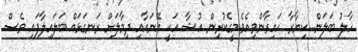
ހާލު ބަލަން...ކިޔާރާ ހައިރާންވިއެވެ.މީގެކުރިން އުޝާ އަކީ އޭނައާއި ދިމާލަށް ރަނގަޅައް ބަލައިލާފައި ވެސް